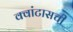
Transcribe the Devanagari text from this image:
क्वांटासची